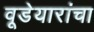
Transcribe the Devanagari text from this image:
वूडेयारांचा